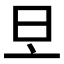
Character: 𣅂